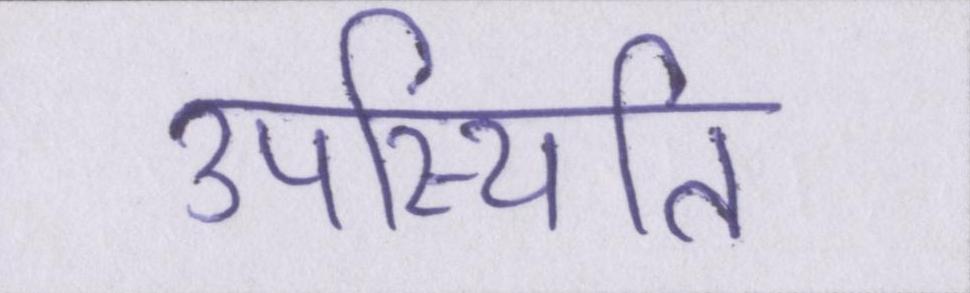
उपस्थिति